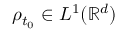
\rho _ { t _ { 0 } } \in L ^ { 1 } ( \mathbb { R } ^ { d } )